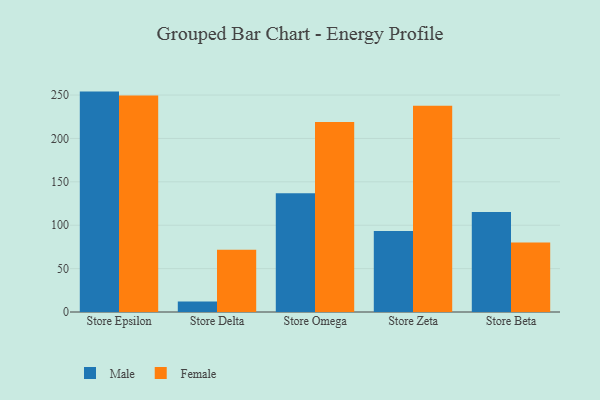
{"axis": {"x": "Store", "y": "Churn Rate (%)"}, "legend": ["Female", "Male"], "data": [{"x": "Store Epsilon", "y": 254.0, "type": "Male"}, {"x": "Store Epsilon", "y": 249.6, "type": "Female"}, {"x": "Store Delta", "y": 12.2, "type": "Male"}, {"x": "Store Delta", "y": 71.7, "type": "Female"}, {"x": "Store Omega", "y": 136.9, "type": "Male"}, {"x": "Store Omega", "y": 219.1, "type": "Female"}, {"x": "Store Zeta", "y": 93.4, "type": "Male"}, {"x": "Store Zeta", "y": 237.7, "type": "Female"}, {"x": "Store Beta", "y": 115.3, "type": "Male"}, {"x": "Store Beta", "y": 80.0, "type": "Female"}]}